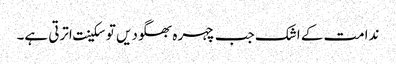
ندامت کے اشک جب چہرہ بھگودیں توسکینت اترتی ہے۔